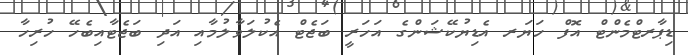
ޑިޕާރޓްމެންޓް އޮފް ހަޔަރ އެޑިޔުކޭޝަންގެ އަހަރީ ބަޖެޓް އެކުލަވާލުމާއި އަދި ބަޖެޓާއިބެހޭ ހުރިހާ